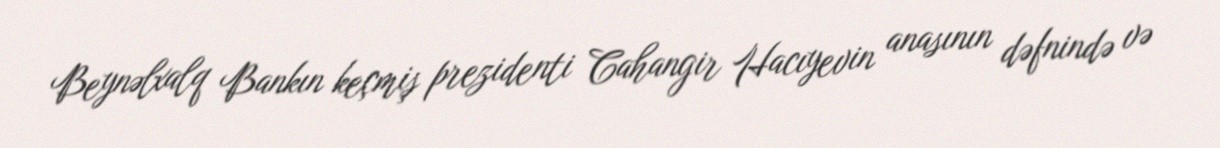
Beynəlxalq Bankın keçmiş prezidenti Cahangir Hacıyevin anasının dəfnində və